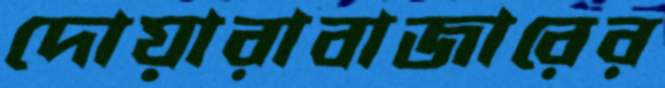
দোয়ারাবাজারের